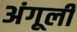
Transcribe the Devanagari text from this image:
अंगूली